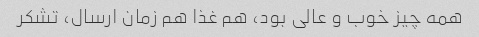
همه چیز خوب و عالی بود، هم غذا هم زمان ارسال، تشکر